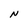
Character: N